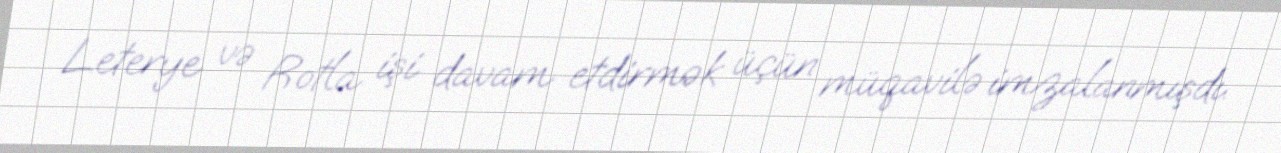
Leterye və Rotla işi davam etdirmək üçün müqavilə imzalanmışdı.